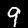
Label: 9